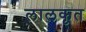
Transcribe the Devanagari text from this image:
लालकृत